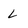
Character: L